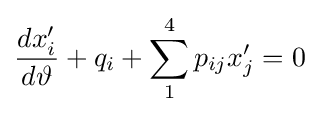
{\frac {dx_{i}^{\prime }}{d\vartheta }}+q_{i}+\sum _{1}^{4}p_{ij}x_{j}^{\prime }=0